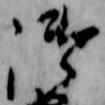
御